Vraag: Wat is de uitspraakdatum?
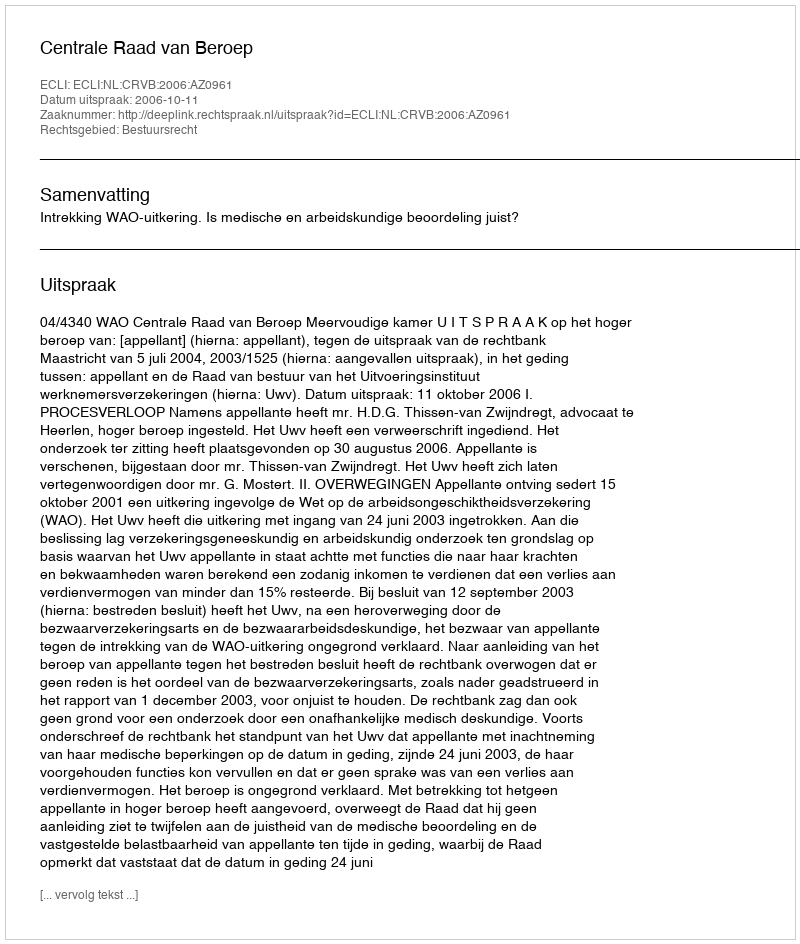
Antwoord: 2006-10-11